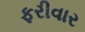
ફરીવાર